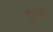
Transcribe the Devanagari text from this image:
ट्रोप्पो